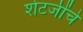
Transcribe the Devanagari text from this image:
शेटजींचे